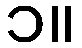
၁။